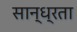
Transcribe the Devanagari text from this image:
सान्ध्रता